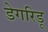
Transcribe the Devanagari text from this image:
डेगरिडू